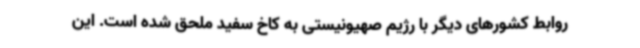
روابط کشورهای دیگر با رژیم صهیونیستی به کاخ سفید ملحق شده است. این